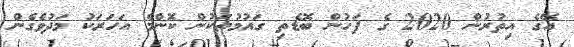
އޭގެ އިތުރުން 2020 ގެ ފަހުން ބޮޑެތި ގައުމުތަކުން ކޮންމެ އަހަރަކު މަދުވެގެން